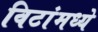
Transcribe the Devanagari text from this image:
विटांमध्ये